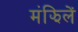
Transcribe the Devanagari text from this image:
मंझिलें